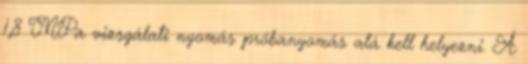
1,8 MPa vizsgálati nyomás próbanyomás alá kell helyezni. A